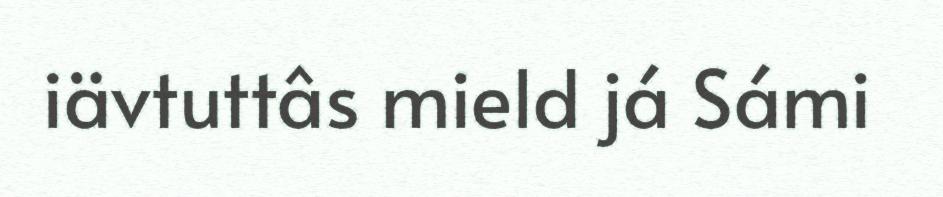
iävtuttâs mield já Sámi